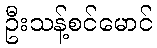
ဦးသန့်စင်မောင်